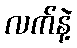
လက်နဲ့